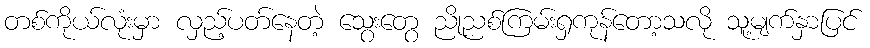
တစ်ကိုယ်လုံးမှာ လှည့်ပတ်နေတဲ့ သွေးတွေ ညိုညစ်ကြမ်းရှကုန်တော့သလို သူ့မျက်နှာပြင်